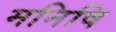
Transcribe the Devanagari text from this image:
मनिषि